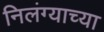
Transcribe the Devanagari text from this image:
निलंग्याच्या